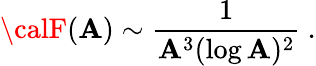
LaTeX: {\calF}(\mathbf{A})\sim{\frac{{1}}{{\mathbf{A}^{3}(\log\mathbf{A})^{2}}}}\ .